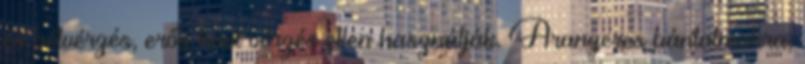
és bélvérzés, erős havi vérzés ellen használják. Aranyeres bántalmakra,